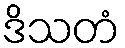
ဒိသတံ